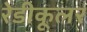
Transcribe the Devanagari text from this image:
रेडीकूलर